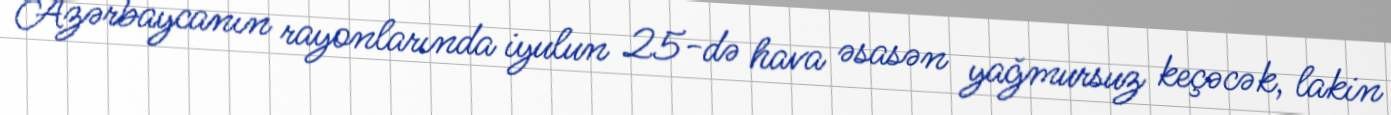
Azərbaycanın rayonlarında iyulun 25-də hava əsasən yağmursuz keçəcək, lakin